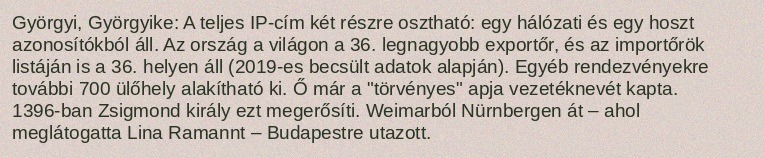
Györgyi, Györgyike: A teljes IP-cím két részre osztható: egy hálózati és egy hoszt azonosítókból áll. Az ország a világon a 36. legnagyobb exportőr, és az importőrök listáján is a 36. helyen áll (2019-es becsült adatok alapján). Egyéb rendezvényekre további 700 ülőhely alakítható ki. Ő már a "törvényes" apja vezetéknevét kapta. 1396-ban Zsigmond király ezt megerősíti. Weimarból Nürnbergen át – ahol meglátogatta Lina Ramannt – Budapestre utazott.